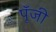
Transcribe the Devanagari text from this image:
पूॅंजी